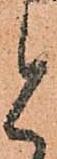
と